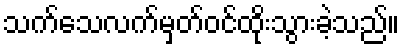
သက်သေလက်မှတ်ဝင်ထိုးသွားခဲ့သည်။